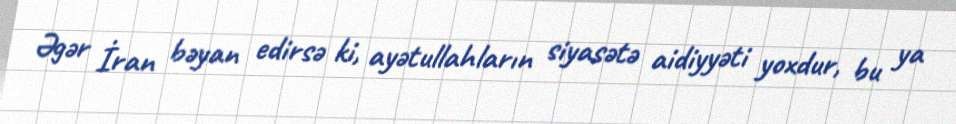
Əgər İran bəyan edirsə ki, ayətullahların siyasətə aidiyyəti yoxdur, bu ya